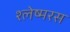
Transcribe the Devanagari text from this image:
श्लेष्मरस